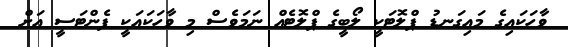
ވާހަކައިގެ މައިގަނޑު ޕްލޮޓަކީ ލޯބީގެ ޕްލޮޓެއް ނަމަވެސް މި ވާހަކައަކީ ފެންޓަސީ އަށް